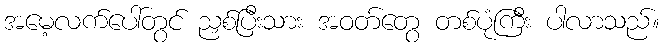
အမေ့လက်ပေါ်တွင် ညှစ်ပြီးသား အဝတ်တွေ တစ်ပုံကြီး ပါလာသည်။